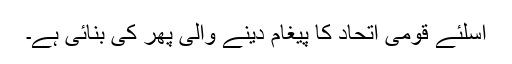
اسلئے قومی اتحاد کا پیغام دینے والی پھر کی بنائی ہے۔